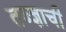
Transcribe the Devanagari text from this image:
तज्ज्ञाची